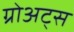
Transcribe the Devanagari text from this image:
ग्रोअट्स